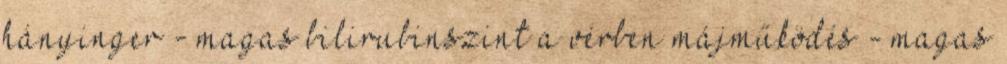
hányinger - magas bilirubinszint a vérben májműködés - magas